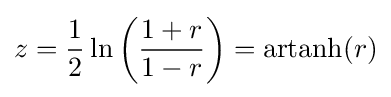
z={1 \over 2}\ln \left({1+r \over 1-r}\right)=\operatorname {artanh} (r)